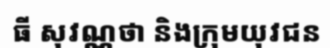
ធី សុវណ្ណថា និងក្រុមយុវជន